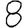
Digit: 8